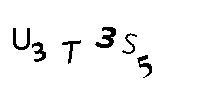
U3T3S5